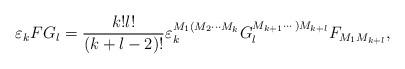
LaTeX: \begin{align*}\varepsilon _{k}FG_{l}=\frac{k!l!}{\left( k+l-2\right) !}\varepsilon_{k}^{M_{1}(M_{2}\cdots M_{k}}G_{l}^{M_{k+1}\cdots )M_{k+l}}F_{M_{1}M_{k+l}},\end{align*}